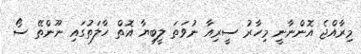
މިރާއްޖެ އޮންނާނީ މިހާރު ސީރިއާ ނުވަތަ ލީބިޔާ އޮތް ހާލަތުގައި ނޫންތޭ ސޯ